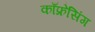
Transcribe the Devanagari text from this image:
काँफ्रेसिंग